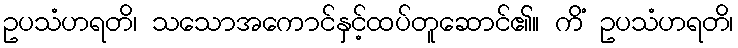
ဥပသံဟရတိ၊ သသောအကောင်နှင့်ထပ်တူဆောင်၏။ ကိံ ဥပသံဟရတိ၊